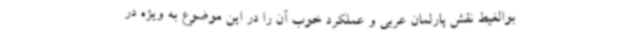
بوالغیط نقش پارلمان عربی و عملکرد خوب آن را در این موضوع به ویژه در